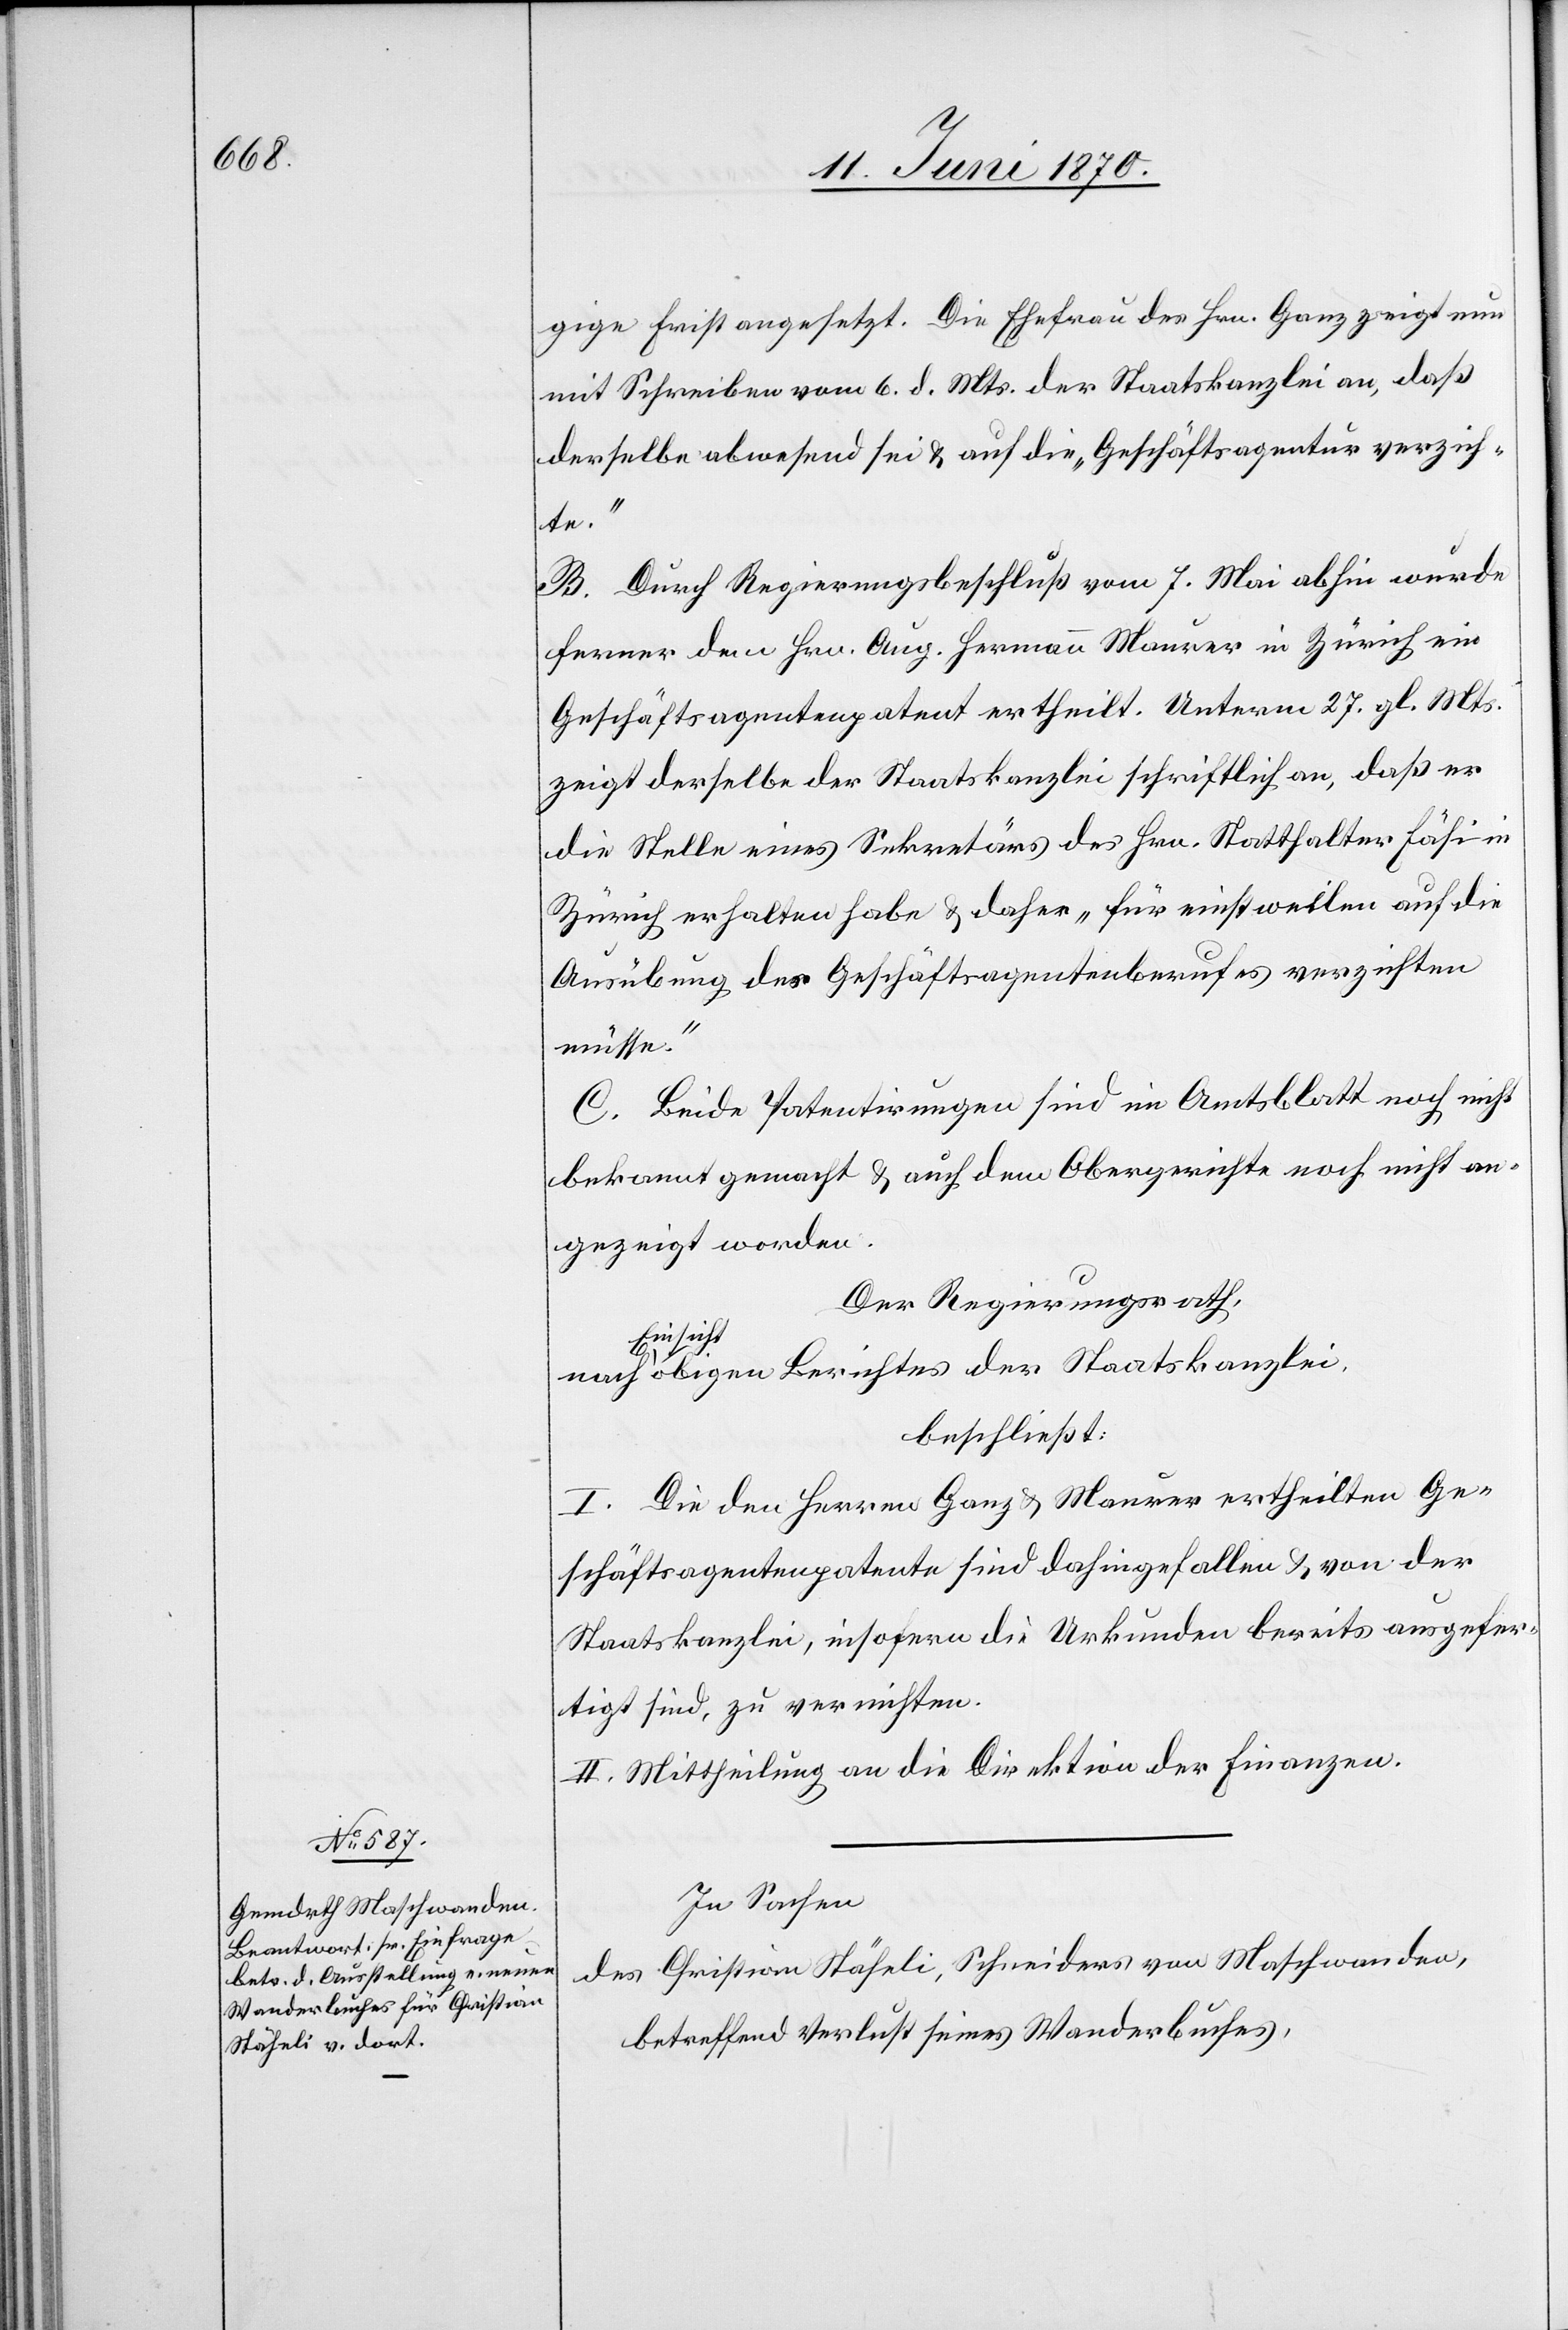
gige Frist angesetzt. Die Ehefrau des Hrn. Ganz zeigt nun
mit Schreiben vom 6. d. Mts. der Staatskanzlei an, daß
derselbe abwesend sei & auf die „Geschäftsagentur verzich¬
te.“
B. Durch Regierungsbeschluß vom 7. Mai abhin wurde
ferner dem Hrn. Aug. Hermann Maurer in Zürich ein
Geschäftsagentenpatent ertheilt. Unterm 27. gl. Mts.
zeigt derselbe der Staatskanzlei schriftlich an, daß er
die Stelle eines Sekretärs des Hrn. Statthalter Fäsi in
Zürich erhalten habe & daher „für einstweilen auf die
Ausübung des Geschäftsagentenberufes verzichten
müsse.“
C. Beide Patentirungen sind im Amtsblatt noch nicht
bekannt gemacht & auch dem Obergerichte noch nicht an¬
gezeigt worden.
Der Regierungsrath,
a-Einsich¬
t-a obigen Berichtes der Staatskanzlei,
beschließt:
I. die den Herren Ganz & Maurer ertheilten Ge¬
schäftsagentenpatente sind dahingefallen & von der
Staatskanzlei, insofern die Urkunden bereits ausgefer¬
tigt sind, zu errichten.
II. Mittheilung an die Direktion der Finanzen.
In Sachen
des Christian Stäheli, Schneiders von Maschwanden,
betreffend Verlust seines Wanderbuches,